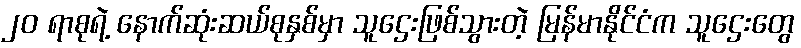
၂၀ ရာစုရဲ့ နောက်ဆုံးဆယ်စုနှစ်မှာ သူဌေးဖြစ်သွားတဲ့ မြန်မာနိုင်ငံက သူဌေးတွေ